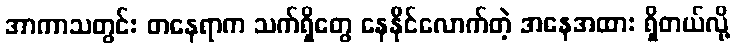
အာကာသတွင်း တနေရာက သက်ရှိတွေ နေနိုင်လောက်တဲ့ အနေအထား ရှိတယ်လို့